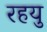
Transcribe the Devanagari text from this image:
रहयु